Civil Veterinary Department Bengal reports 1923-33 - 1923-1933
Year: 1923
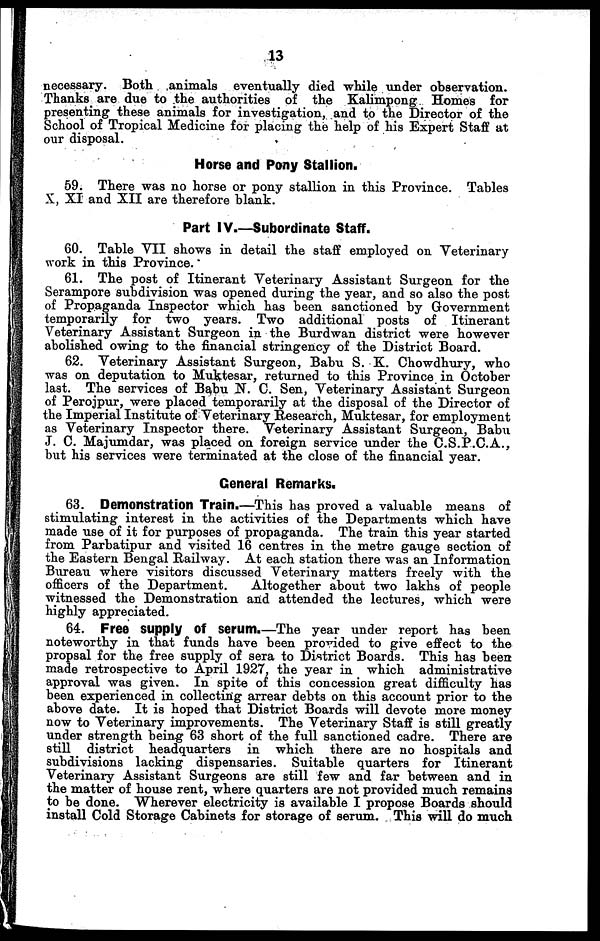
13
necessary. Both animals eventually died while under observation.
Thanks are due to the authorities of the Kalimpong Homes for
presenting these animals for investigation, and to the Director of the
School of Tropical Medicine for placing the help of his Expert Staff at
our disposal.
Horse and Pony Stallion.
59. There was no horse or pony stallion in this Province. Tables
X, XI and XII are therefore blank.
Part IV.—Subordinate Staff.
GO. Table VII shows in detail the staff employed on Veterinary
work in this Province.
61. The post of Itinerant Veterinary Assistant Surgeon for the
Serampore subdivision was opened during the year, and so also the post
of Propaganda Inspector which has been sanctioned by Government
temporarily for two years. Two additional posts of Itinerant
Veterinary Assistant Surgeon in the Burdwan district were however
abolished owing to the financial stringency of the District Board.
62. Veterinary Assistant Surgeon, Babu S. K. Chowdhury, who
was on deputation to Muktesar, returned to this Province in October
last. The services of Babu N. C. Sen, Veterinary Assistant Surgeon
of Perojpur, were placed temporarily at the disposal of the Director of
the Imperial Institute of Veterinary Research, Muktesar, for employment
as Veterinary Inspector there. Veterinary Assistant Surgeon, Babu
J. C. Majumdar, was placed on foreign service under the C.S.P.C.A.,
but his services were terminated at the close of the financial year.
General Remarks.
63. Demonstration Train.—This has proved a valuable means of
stimulating interest in the activities of the Departments which have
made use of it for purposes of propaganda. The train this year started
from Parbatipur and visited 16 centres in the metre gauge section of
the Eastern Bengal Railway. At each station there was an Information
Bureau where visitors discussed Veterinary matters freely with the
officers of the Department.
Altogether about two lakhs of people
witnessed the Demonstration and attended the lectures, which were
highly appreciated.
64. Free supply Of serum.—The year under report has been
noteworthy in that funds have been provided to give effect to the
propsal for the free supply of sera to District Boards. This has been
made retrospective to April 1927. the year in which administrative
approval was given. In spite of this concession great difficulty has
been experienced in collecting arrear debts on this account prior to the
above date. It is hoped that District Boards will devote more money
now to Veterinary improvements. The Veterinary Staff is still greatly
under strength being 63 short of the full sanctioned cadre. There are
still district headquarters in which there are no hospitals and
subdivisions lacking dispensaries. Suitable quarters for Itinerant
Veterinary Assistant Surgeons are still few and far between and in
the matter of house rent, where quarters are not provided much remains
to be done. Wherever electricity is available I propose Boards should
install Cold Storage Cabinets for storage of serum. This will do much